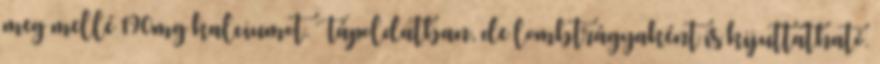
meg mellé 190mg kalciumot. Tápoldatban, de lombtrágyaként is kijuttatható.